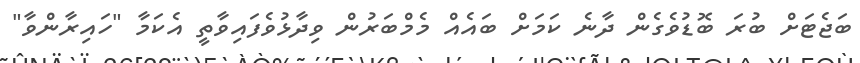
ބަޖެޓަށް ބުރަ ބޮޑުވެގެން ދާނެ ކަމަށް ބައެއް މެމްބަރުން ވިދާޅުވެފައިވާތީ އެކަމާ "ހައިރާންވާ"